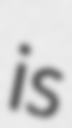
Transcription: is